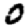
Digit: 0